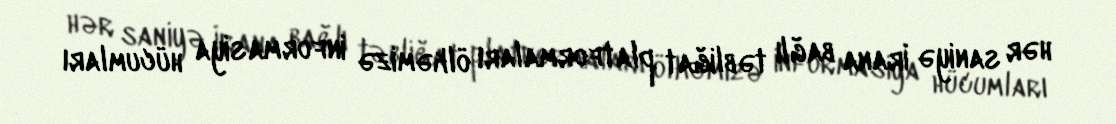
hər saniyə İrana bağlı təbliğat platformaları ölkəmizə informasiya hücumları